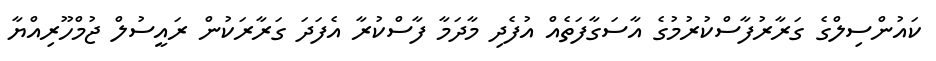
ކައުންސިލްގެ ގަރާރުފާސްކުރުމުގެ އާސަގާފަތެއް އުފެދި މާދަމާ ފާސްކުރާ އެފަދަ ގަރާރަކުން ރައީސުލް ޖުމްހޫރިއްޔާ